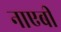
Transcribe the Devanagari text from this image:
नाएबी